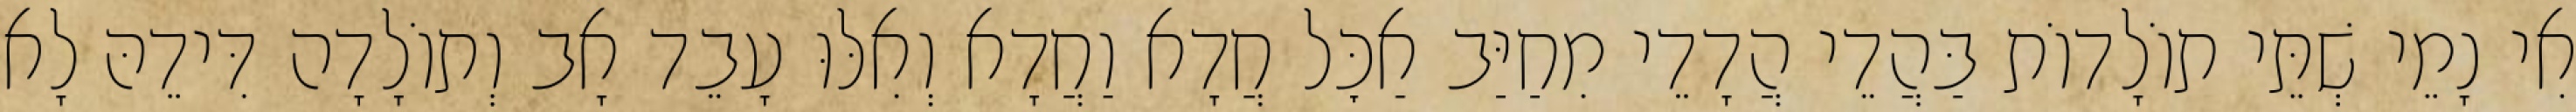
אִי נָמֵי שְׁתֵּי תוֹלָדוֹת בַּהֲדֵי הֲדָדֵי מִחַיַּב אַכׇּל חֲדָא וַחֲדָא וְאִלּוּ עָבֵד אָב וְתוֹלָדָה דִּידֵהּ לָא